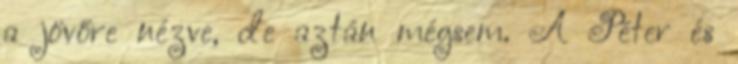
a jövőre nézve, de aztán mégsem. A Péter és